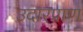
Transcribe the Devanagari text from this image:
उदारप्राण